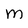
Character: M